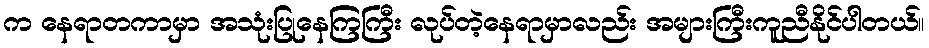
က နေရာတကာမှာ အသုံးပြုနေကြကြီး လုပ်တဲ့နေရာမှာလည်း အများကြီးကူညီနိုင်ပါတယ်။